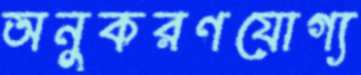
অনুকরণযোগ্য